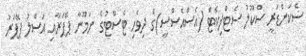
ސެކަންޑަރީ ސްކޫލު ސެޓްފިކެޓް (އެސްއެސްސީ)ގެ ދިވެހި ޓެސްޓުގެ ނަމޫނާ ޕޭޕަރާއި އަސްލު ޕޭޕަރު